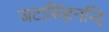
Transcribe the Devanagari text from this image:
जटासिंहनन्दि